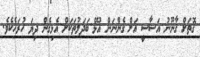
ގޮތަށް ގާނޫނު އަސާސީ އަށް ގެންނަން އުޅޭ ބަދަލުތަކަށް އެޅިގެން ދިޔަ ހުރަހެކެވެ.